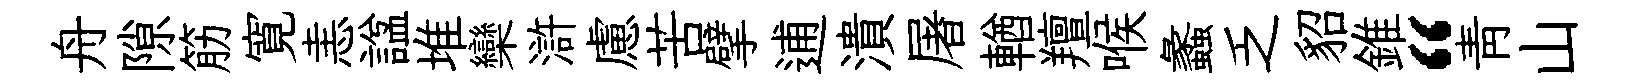
舟隙筋寛恚諡堆欒滸慮苦擘逋潰屠輶羶喉蠡乏貂錐“青山